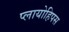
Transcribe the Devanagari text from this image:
प्लायोहिपस